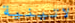
لاتينية